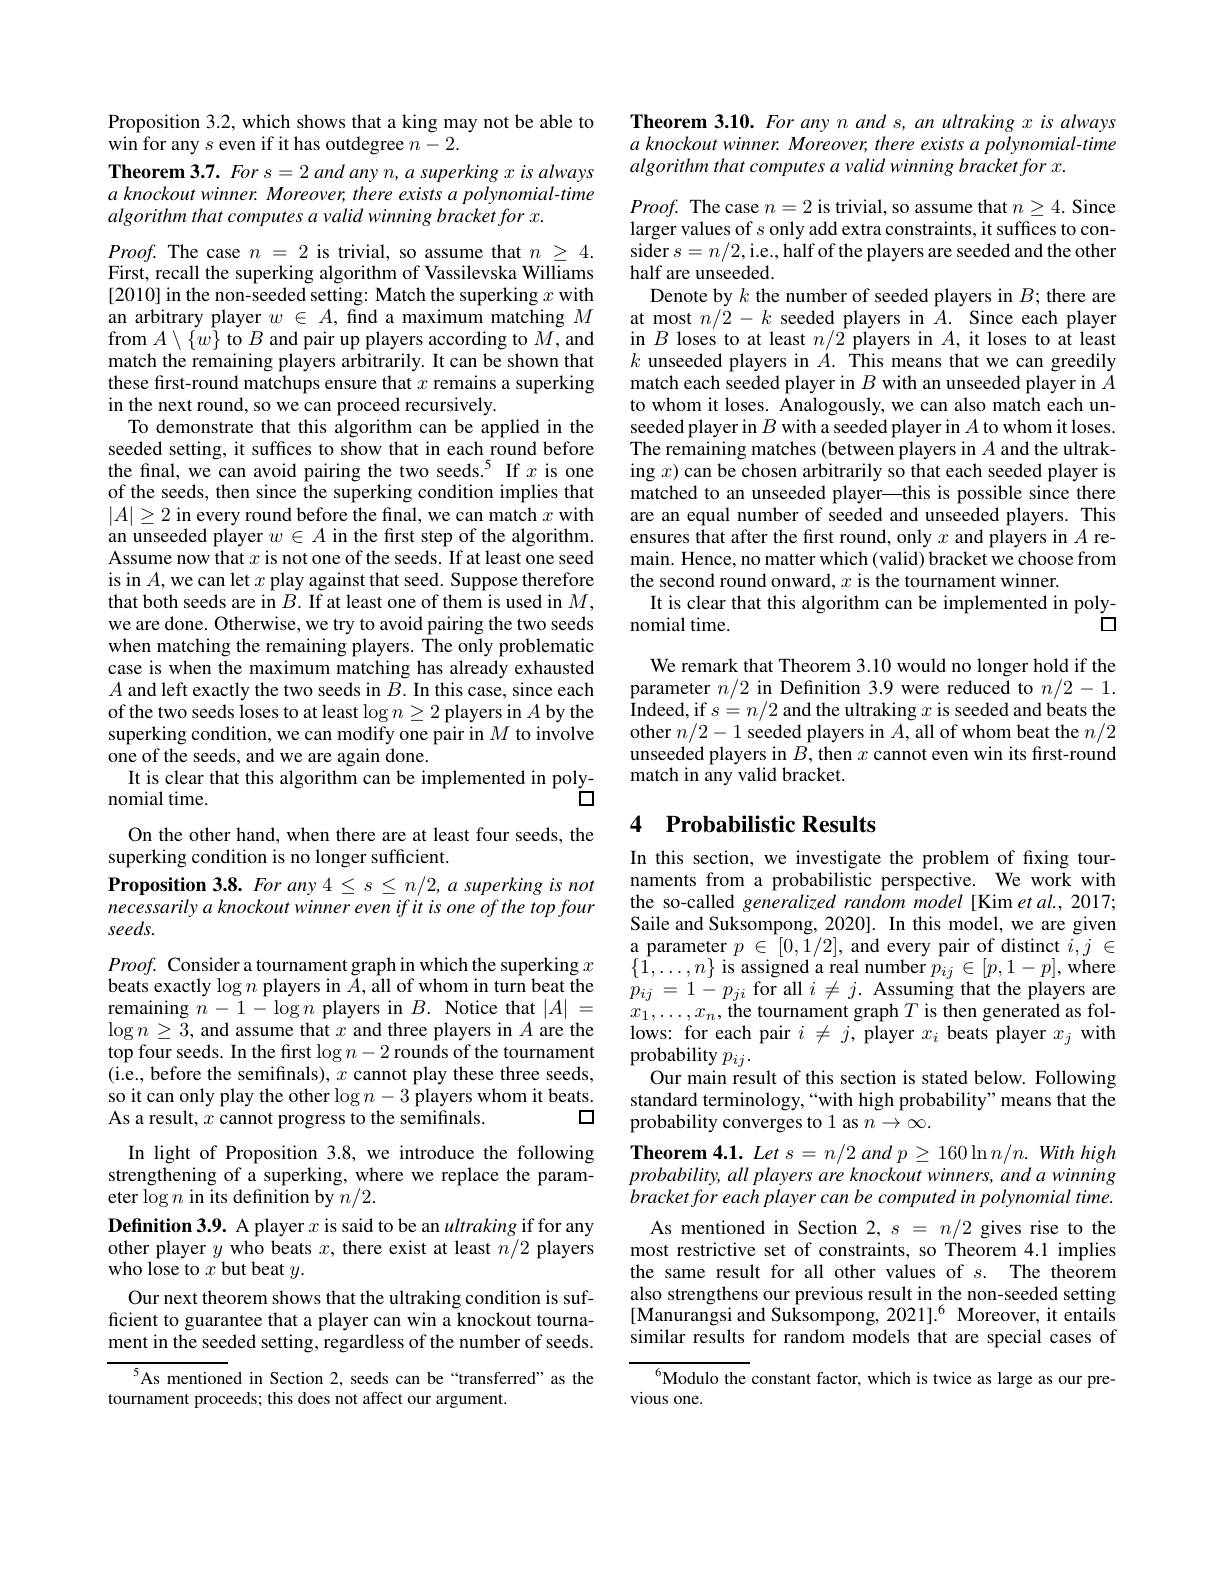
Proposition 3.2, which shows that a king may not be able to
win for any $s$ even if it has outdegree $n-2.$

Theorem $3. 7. \textit{ For s}= 2\textit{and any n, a superking x is always}$ $a\textit{ knockout winner. Moreover, there exists a polynomial- time}$ algorithm that computes a valid winning bracket for x.

$Proof.$ The case $n=2$ is trivial, so assume that $n\geq4.$ First, recall the superking algorithm of Vassilevska Williams [2010] in the non-seeded setting: Match the superking $x$ with an arbitrary player $w\in A$, find a maximum matching $M$ from $A\setminus\{\tilde{w}\}$ to $B$ and pair up players according to $M$,and match the remaining players arbitrarily. It can be shown that these first-round matchups ensure that $x$ remains a superking in the next round, so we can proceed recursively.
To demonstrate that this algorithm can be applied in the seeded setting, it suffices to show that in each round before the final, we can avoid pairing the two seeds.$^{5}$ If $x$ is one of the seeds, then since the superking condition implies that $|A|\geq2$ in every round before the final, we can match $x$ with an unseeded player $w\in A$ in the frst step of the algorithm. Assume now that $x$ is not one of the seeds. If at least one seed is in $A$,we can let $x$ play against that seed. Suppose therefore that both seeds are in $B.$ If at least one of them is used in $M$, we are done. Otherwise, we try to avoid pairing the two seeds when matching the remaining players. The only problematic case is when the maximum matching has already exhausted $A$ and left exactly the two seeds in $B.$ In this case, since each of the two seeds loses to at least $\log n\geq2$ players in $A$ by the superking condition, we can modify one pair in $M$ to involve one of the seeds, and we are again done.
It is clear that this algorithm can be implemented in poly-
$\acute{\square}$
nomial time.
On the other hand, when there are at least four seeds, the
superking condition is no longer sufficient.
$\textbf{Proposition 3. 8. For any 4 s n/ 2, a superking is not}$ necessarily a knockout winner even if it is one of the top four seeds.
$Proof.$ Consider a tournament graph in which the superking $x$ beats exactly $\log n$ players in $\tilde{A},\tilde{\text{all of whom in turn beat the}}$ beats exactly$\log n$ players in $A$,all of whom in turn beat the $p_{ij}= 1- p_{ji}$ for all $i\neq j.$ Assuming that the players are remaining $n- 1- \log n$ players in $B.$ Notice that $| A| =$ $x_1, \ldots , x_n, \textbf{the tournament graph}T$ is then generated as fol-
$\log n\geq3$, and assume that $x$ and three players in $A$ are the top four seeds. In the first $\log n-2$ rounds of the tournament (i.e., before the semifinals), $x$ cannot play these three seeds, so it can only play the other $\log n-3$ players whom it beats.
口
As a result, $x$ cannot progress to the semifinals.
In light of Proposition 3.8, we introduce the following strengthening of a superking, where we replace the parameter $\log n$ in its definition by $n/2.$
Definition 3.9. A player $x$ is said to be an ultraking if for any other player $y$ who beats $x$, there exist at least $n/2$ players who lose to $x$ but beat $y.$
Our next theorem shows that the ultraking condition is sufficient to guarantee that a player can win a knockout tournament in the seeded setting, regardless of the number of seeds.
$^{5}$As mentioned in Section 2, seeds can be“transferred”as the
tournament proceeds; this does not affect our argument.

Theorem 3.10. For any n and s, an ultraking $x$ is always $a\textit{ knockout winner. Moreover, there exists a polynomial- time}$ algorithm that computes a valid winning bracket for x.

$Proof.$ The case $n=2$ is trivial, so assume that $n\geq4.$ Since larger values of $s$ only add extra constraints, it suffices to consider $s=n/2$,i.e., half of the players are seeded and the other half are unseeded.
Denote by $k$ the number of seeded players in $B;$ there are at most $n/2-k$ seeded players in $A.$ Since each player in $B$ loses to at least $n/2$ players in $A$, it loses to at least $k$ unseeded players in $A.$ This means that we can greedily match each seeded player in $B$ with an unseeded player in $A$ to whom it loses. Ânalogously, we can also match each unseeded player in $B$ with a seeded player in $A$ to whom it loses. The remaining matches (between players in $A$ and the ultraking $x)$ can be chosen arbitrarily so that each seeded player is matched to an unseeded player—this is possible since there are an equal number of seeded and unseeded players. This ensures that after the first round, only $x$ and players in $A$ remain. Hence, no matter which (valid) bracket we choose from the second round onward, $x$ is the tournament winner.
It is clear that this algorithm can be implemented in poly-
口
nomial time.

We remark that Theorem 3.10 would no longer hold if the parameter $n/2$ in Definition 3.9 were reduced to $n/2-1.$ Indeed, if $s= n/ 2$ and the ultraking $x$ is seeded and beats the other $n/2-1$ seeded players in $A$, all of whom beat the $n/2$ unseeded players in $B$, then $x$ cannot even win its fırst-round match in any valid bracket.

### 4 $\textbf{Probabilistic Results}$

In this section, we investigate the problem of fixing tournaments from a probabilistic perspective. We work with the so-called generalized random model[ Kim et al., 2017; Saile and Suksompong, 2020]. In this model, we are given $\underset{\{1,}{\operatorname*{\text{a parameter }}}p\in[0,\tilde{1}/2]$,and every pair of distinct $i,j\in$ $\{\hat{1},\ldots,n\}$ is assigned a real number $\hat{p_{ij}}\in[p,1-p]$,where lows: for each pair $i\neq j$, player $x_i$ beats player $x_j$ with probability $p_{ij}.$
Our main result of this section is stated below. Following standard terminology,“with high probability”means that the probability converges to 1 as $n\to\infty.$
Theorem 4.1. Let s = n/2 and p ≥ 160 ln n/n. With high $probability,all$ players are knockout winners, and a winning $bracketforeachplayercanbecomputedinpolynomialtime.$
As mentioned in Section $2,s=n/2$ gives rise to the most restrictive set of constraints, so Theorem 4.1 implies the same result for all other values of $s.$ The theorem also strengthens our previous result in the non-seeded setting [Manurangsi and Suksompong, 2021].$^6$ Moreover, it entails similar results for random models that are special cases of

$^{6}$Modulo the constant factor, which is twice as large as our pre-
vious one.